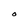
Character: O